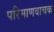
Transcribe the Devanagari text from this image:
परिमाणवाचक